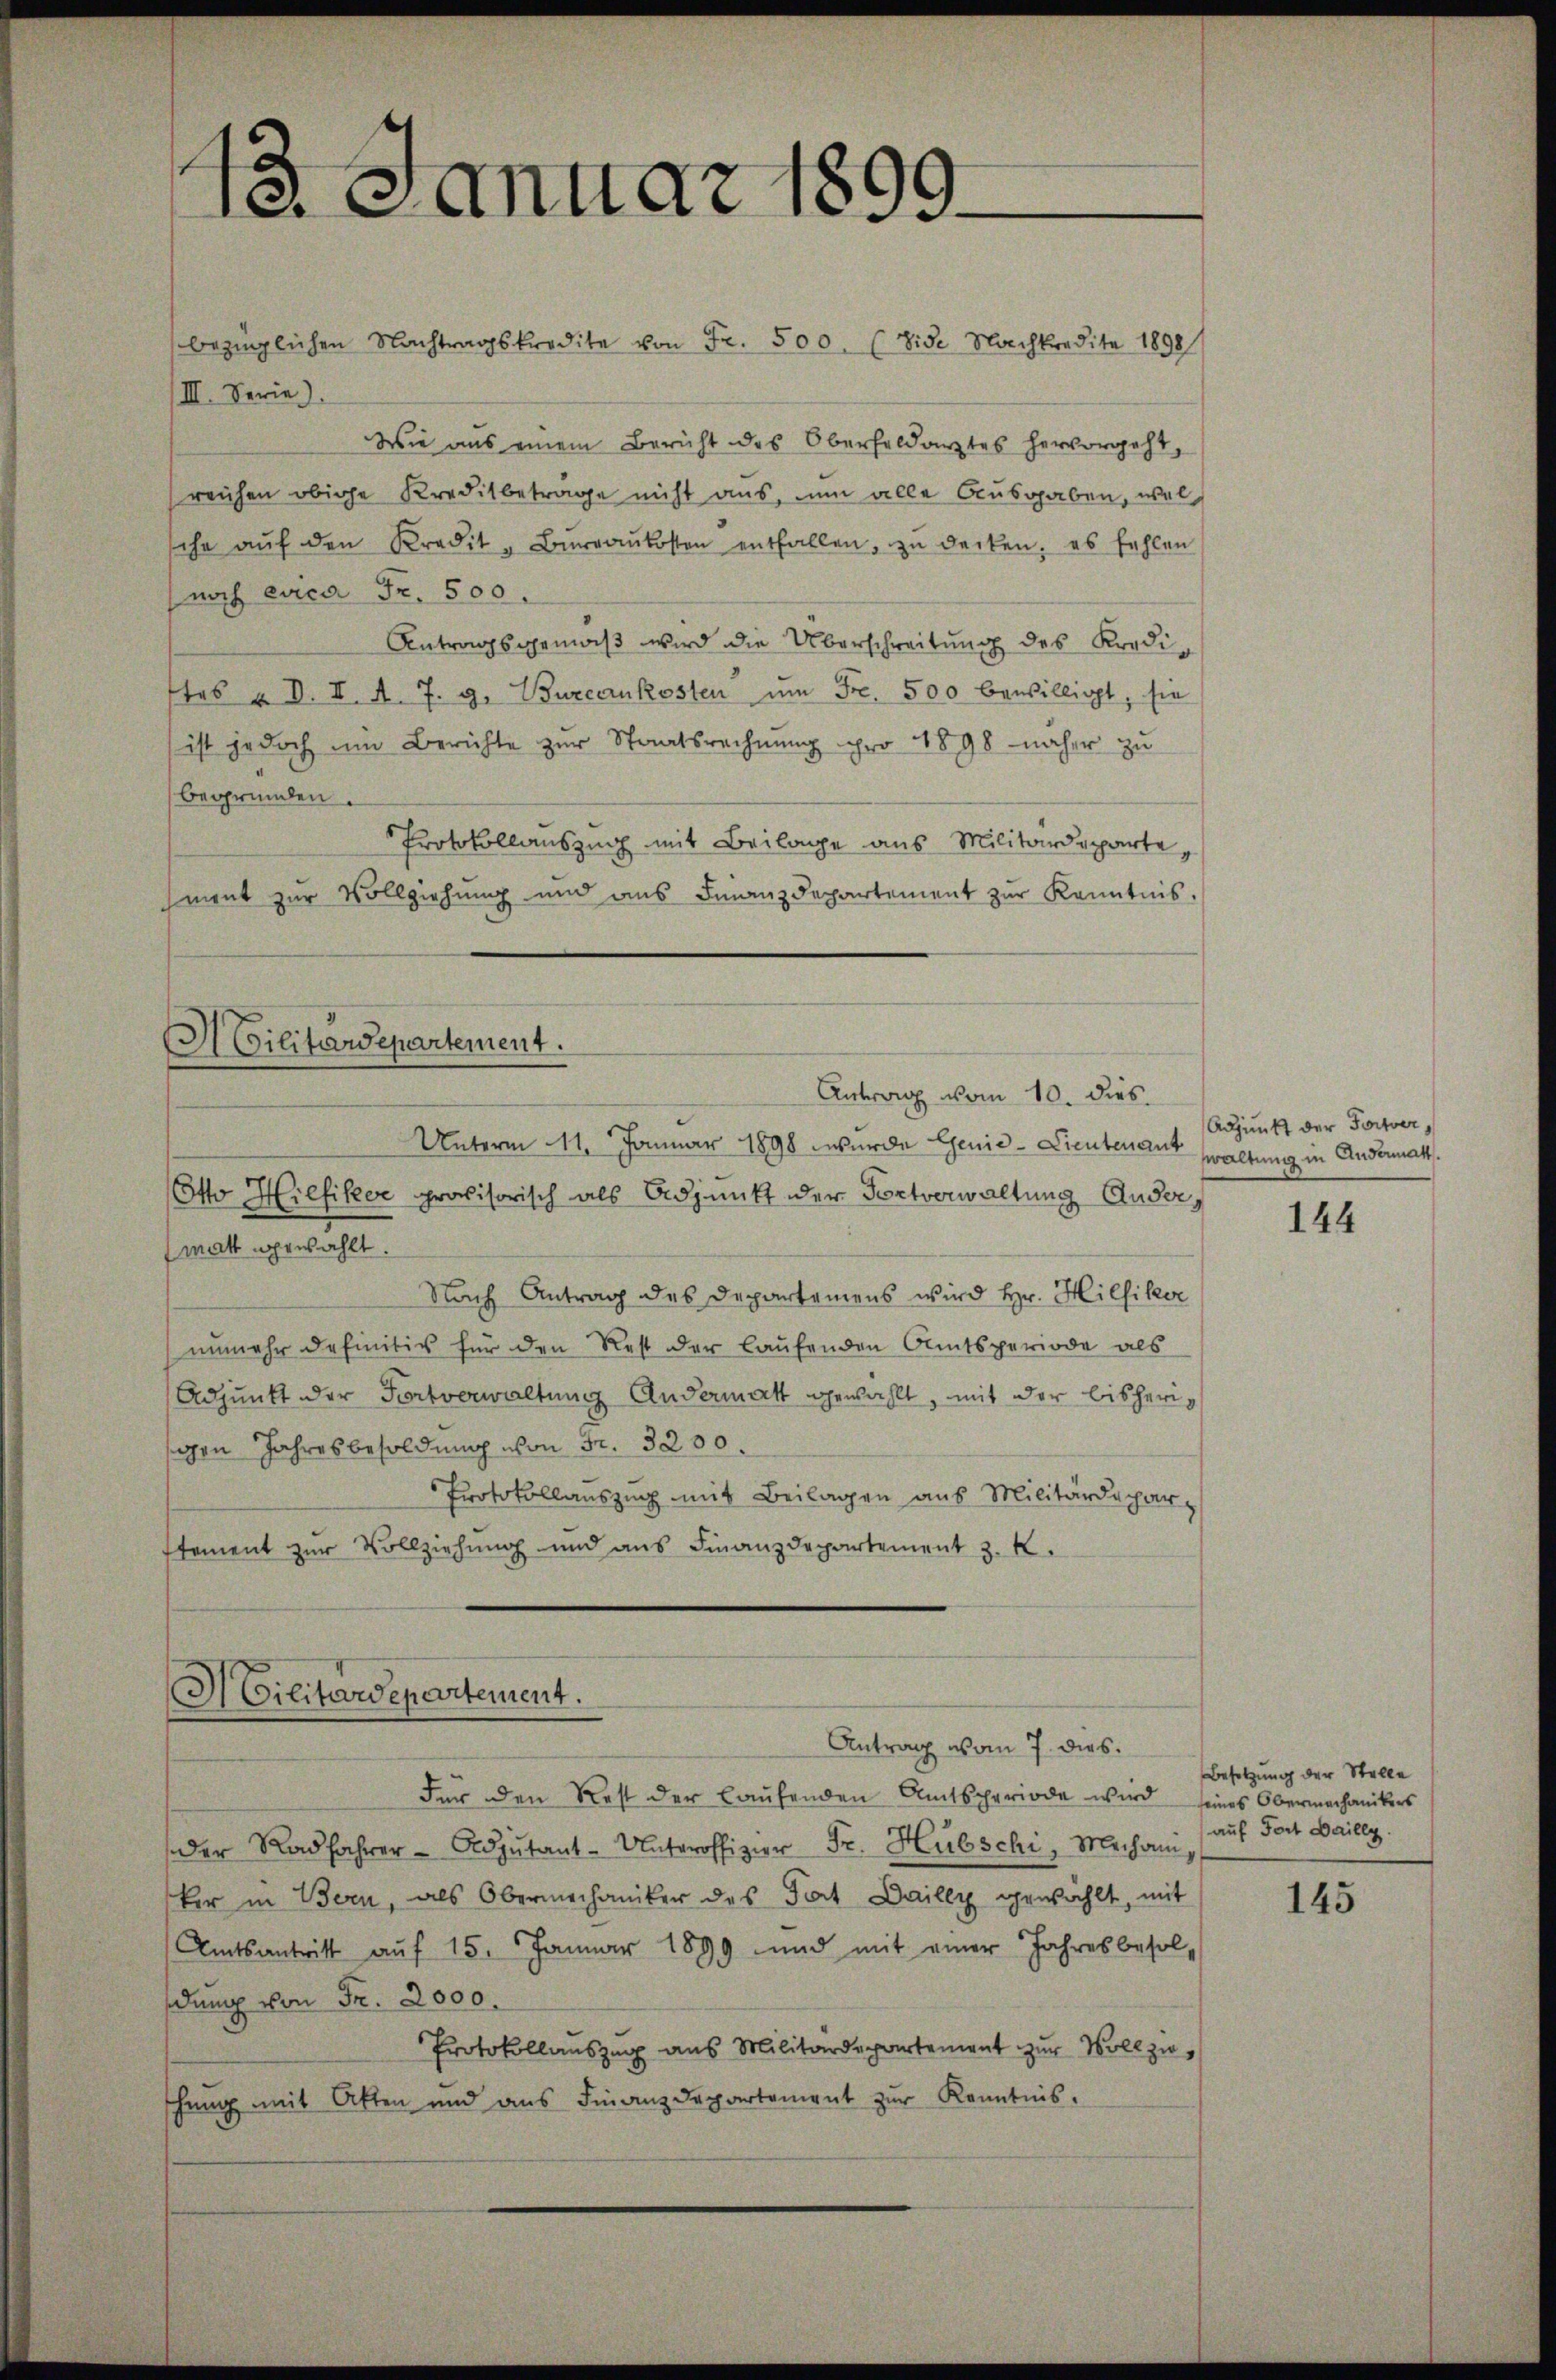
13. Januar 1899.

bezüglichen Nachtragskredite von Fr. 500. (vide Nachkredite 1898
III. Serie)
Wie aus einem Bericht des Oberfeldarztes hervorgeht,
reichen obige Kreditbeträge nicht aus, nun alle Ausgaben, wel
sche aŭf den Kredit-Büreaŭkosten entfallen, zu decken, es fehlen
noch evica Fr. 500.
Antragsgemäß wird die Überschreitung des Kreditas u. V. I. A. 7. g. Bureaukosten ŭm Fr. 500 bewilligt, sie
ist jedoch um Berichte zur Staatsrechnung pro 1898 näher zu
begründen.
Protokollauszug mit Beilage aus Militärdeparte,
ment zur Vollziehung und aus Finanzdepartement zur Kenntnis.

Militärdepartement.
Antrag vom 10. dies
Unterm 11. Januar 1898 wurde Genie-Lieutenant waltung in Andermatt,
Otto Hilfiker provisorisch als Adjunkt der Fortverwaltung Ander,
matt gewählt

Nach Antrag des Departamens wird Hr. Hilfiker
unmehr definitiv für den Rest der laufenden Amtsperiode als
Adjunkt der Fortverwaltung Andermatt gewählt, mit der bisherigen Jahresbesoldung von Fr. 3200.
Protokollauszug mit Beilagen aus Militärdepar
stement zur Vollziehung und aus Finanzdepartement 3. K.

Militärdepartement.
Antrag vom 7. dies

Für den Rest der laufenden Amtscheriode wird seines Obermechanikers
der Radfahrer - Adjutant-Unteroffizier Fr. Hübschi, Mechan
ker in Bern, als Obermechaniker des Tat Dailly gewählt, mit
Amtsantritt auf 15. Januar 1899 und mit einer Jahresbesoldung von Fr. 2000.
Protokollauszug aus Militärdepartement zur Vollzushung mit Atten und ans Finanzdepartement zŭr Kenntnis.

Adjunkt der Fortver

144

Besetzung der Stelle
auf Fort Bailly

145